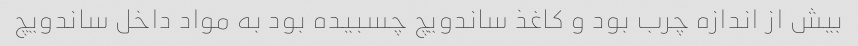
بیش از اندازه چرب بود و کاغذ ساندویچ چسبیده بود به مواد داخل ساندویچ